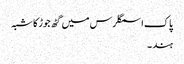
پاک اسمگلرس میں گٹھ جوڑ کا شبہ
ہند ۔